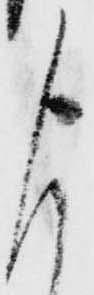
よ